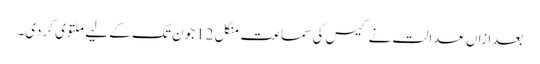
بعدازاں عدالت نے کیس کی سماعت منگل 12 جون تک کے لیے ملتوی کردی۔